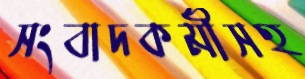
সংবাদকর্মীসহ